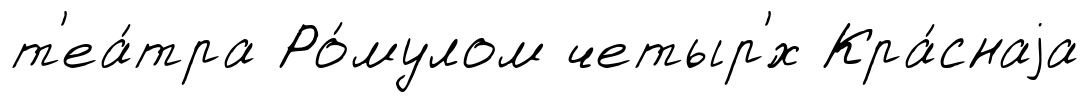
т'еа́тра Ро́мулом четыр'́х Кра́снаjа